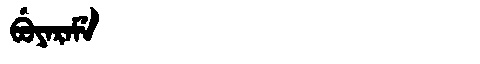
Manchu: ᠪᡠᠶᠠᡵᠠᠮᡝ
Romanization: BUYARAME